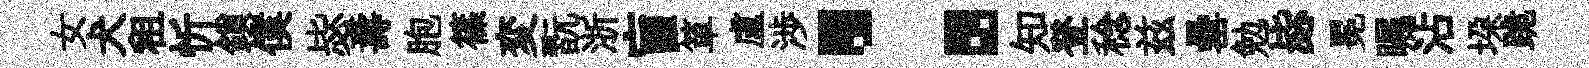
女犬租忻鎖僕毖夀胞篠変翫浙盲箪盧渉：知登稔兹罍勉毖冕瞩沾垜跪